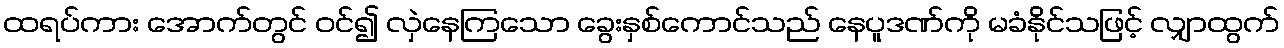
ထရပ်ကား အောက်တွင် ဝင်၍ လှဲနေကြသော ခွေးနှစ်ကောင်သည် နေပူဒဏ်ကို မခံနိုင်သဖြင့် လျှာထွက်